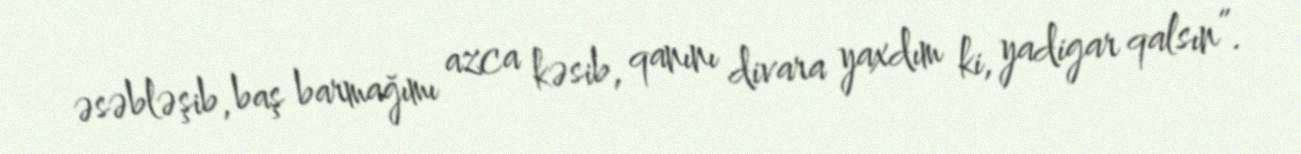
əsəbləşib, baş barmağımı azca kəsib, qanını divara yaxdım ki, yadigar qalsın”.